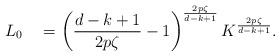
LaTeX: \begin{align*}L_0 \quad=\left(\frac{d-k+1}{2p\zeta}-1\right)^{\frac{2p\zeta}{d-k+1}}K^{\frac{2p\zeta}{d-k+1}}.\end{align*}